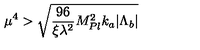
\mu ^ { 4 } > \sqrt { \frac { 9 6 } { \xi \lambda ^ { 2 } } M _ { P l } ^ { 2 } k _ { a } | \Lambda _ { b } | }